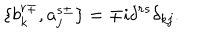
LaTeX: \{ b _ { k } ^ { r \mp } , a _ { j } ^ { s \pm } \} = \mp i \delta ^ { r s } \delta _ { k j } .